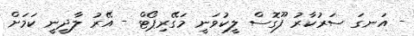
- އަނގަ ސަރުކާރު ފޫގޮސް ލީކުވަނީ މަގޭރިޕޯޓް - އޭރު ލާދީނީ ކަމަށް